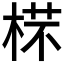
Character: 𣔟